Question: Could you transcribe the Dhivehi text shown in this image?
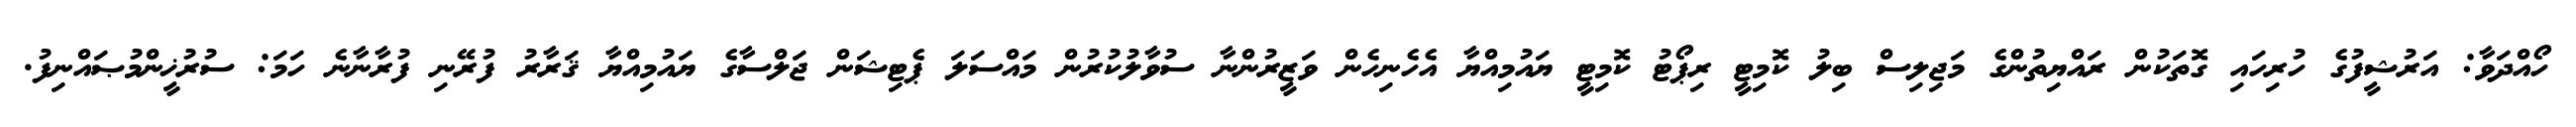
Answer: ހޯއްދަވާ: އަރުޝީފުގެ ހުރިހައި ގޮތަކުން ރައްޔިތުންގެ މަޖިލިސް ބިލު ކޮމިޓީ ރިޕޯޓު ކޮމިޓީ ޔައުމިއްޔާ އެހެނިހެން ވަޒީރުންނާ ސުވާލުކުރުން މައްސަލަ ޕެޓިޝަން ޖަލްސާގެ ޔައުމިއްޔާ ޤަރާރު ފުރޭނި ފުރާނާނެ ހަމަ: ސުރުޚީންމުޞައްނިފު.